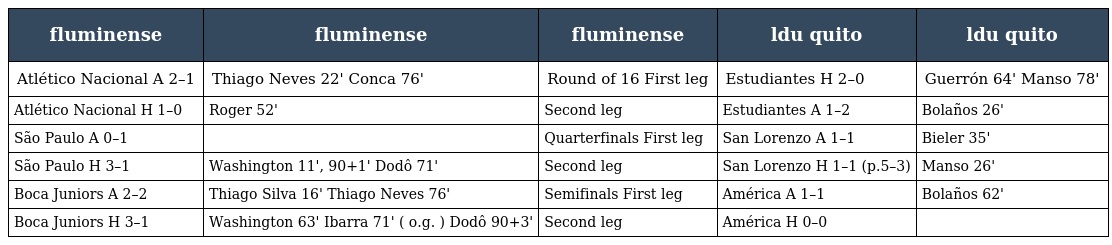
| fluminense | fluminense | fluminense | ldu quito | ldu quito |
 | --- | --- | --- | --- | --- |
 | Atlético Nacional A 2–1 | Thiago Neves 22' Conca 76' | Round of 16 First leg | Estudiantes H 2–0 | Guerrón 64' Manso 78' |
 | Atlético Nacional H 1–0 | Roger 52' | Second leg | Estudiantes A 1–2 | Bolaños 26' |
 | São Paulo A 0–1 |  | Quarterfinals First leg | San Lorenzo A 1–1 | Bieler 35' |
 | São Paulo H 3–1 | Washington 11', 90+1' Dodô 71' | Second leg | San Lorenzo H 1–1 (p.5–3) | Manso 26' |
 | Boca Juniors A 2–2 | Thiago Silva 16' Thiago Neves 76' | Semifinals First leg | América A 1–1 | Bolaños 62' |
 | Boca Juniors H 3–1 | Washington 63' Ibarra 71' ( o.g. ) Dodô 90+3' | Second leg | América H 0–0 |  |